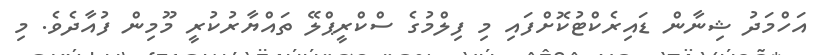
އަހްމަދު ޝިނާން ޑައިރެކްޓުކޮށްފައި މި ފިލްމުގެ ސްކްރީޕްލޭ ތައްޔާރުކުރީ މޫމިން ފުއާދެވެ. މި